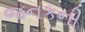
જનકની